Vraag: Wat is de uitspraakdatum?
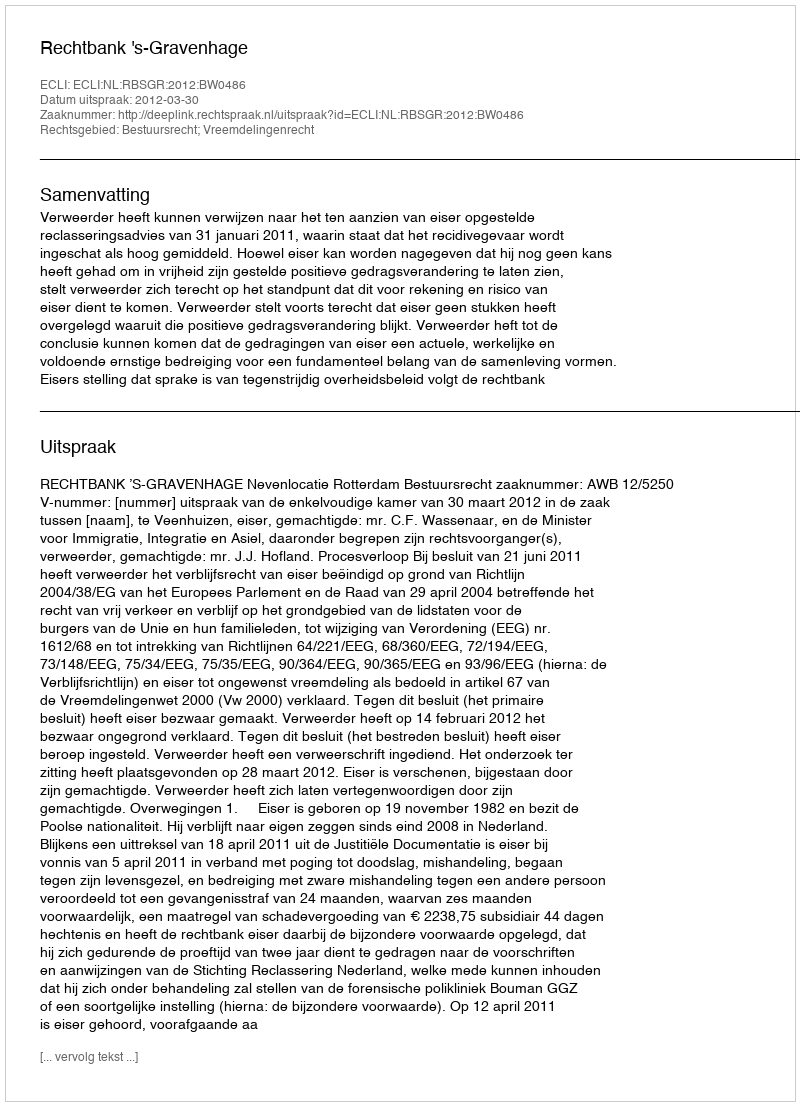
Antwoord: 2012-03-30